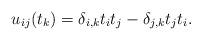
LaTeX: \begin{gather*}u_{ij}(t_k)= \delta_{i,k} t_i t_j - \delta_{j,k} t_j t_i.\end{gather*}